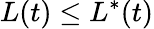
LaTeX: L(t)\leq L^{*}(t)